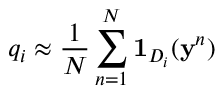
q _ { i } \approx \frac { 1 } { N } \sum _ { n = 1 } ^ { N } \mathbf { 1 } _ { D _ { i } } ( \mathbf { y } ^ { n } )